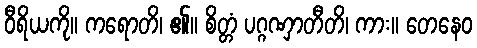
ဝီရိယကို။ ကရောတိ၊ ၏။ စိတ္တံ ပဂ္ဂဏှာတီတိ၊ ကား။ တေနေဝ